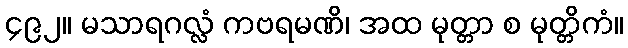
၄၉၂။ မသာရဂလ္လံ ကဗရမဏိ၊ အထ မုတ္တာ စ မုတ္တိကံ။